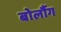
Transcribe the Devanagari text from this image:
बोर्लौग